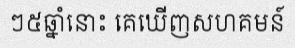
ៗ៥ឆ្នាំនោះ គេឃើញសហគមន៍